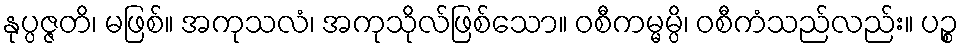
နုပ္ပဇ္ဇတိ၊ မဖြစ်။ အကုသလံ၊ အကုသိုလ်ဖြစ်သော။ ဝစီကမ္မမ္ပိ၊ ဝစီကံသည်လည်း။ ပဉ္စ